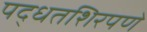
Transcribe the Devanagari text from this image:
पद्धतशिरपणे